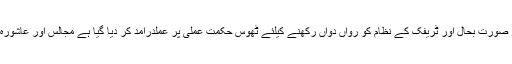
17 ستمبر2018ء) چیف ٹریفک آفیسر غلام عباس تارڑنے کہا ہے کہ محرم الحرام کے دوران امن وامان کو ہر صورت بحال اور ٹریفک کے نظام کو رواں دواں رکھنے کیلئے ٹھوس حکمت عملی پر عملدرآمد کر دیا گیا ہے مجالس اور عاشورہ محرم کے جلوسوں کے راستوں پر ٹریفک کو کنٹرول کرنے کیلئے ٹریفک ملازمین تعینات کر دیئے گئے ہیں۔